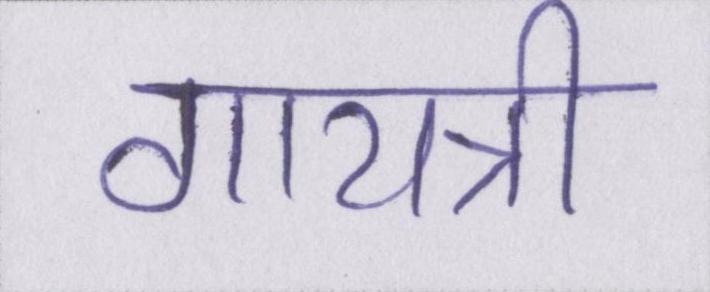
गायत्री